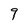
Character: 9